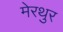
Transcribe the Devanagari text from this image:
मेरथुर